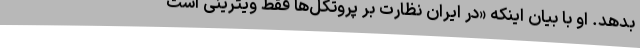
بدهد. او با بیان اینکه «در ایران نظارت بر پروتکل‌ها فقط ویترینی است